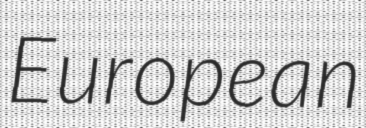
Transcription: European